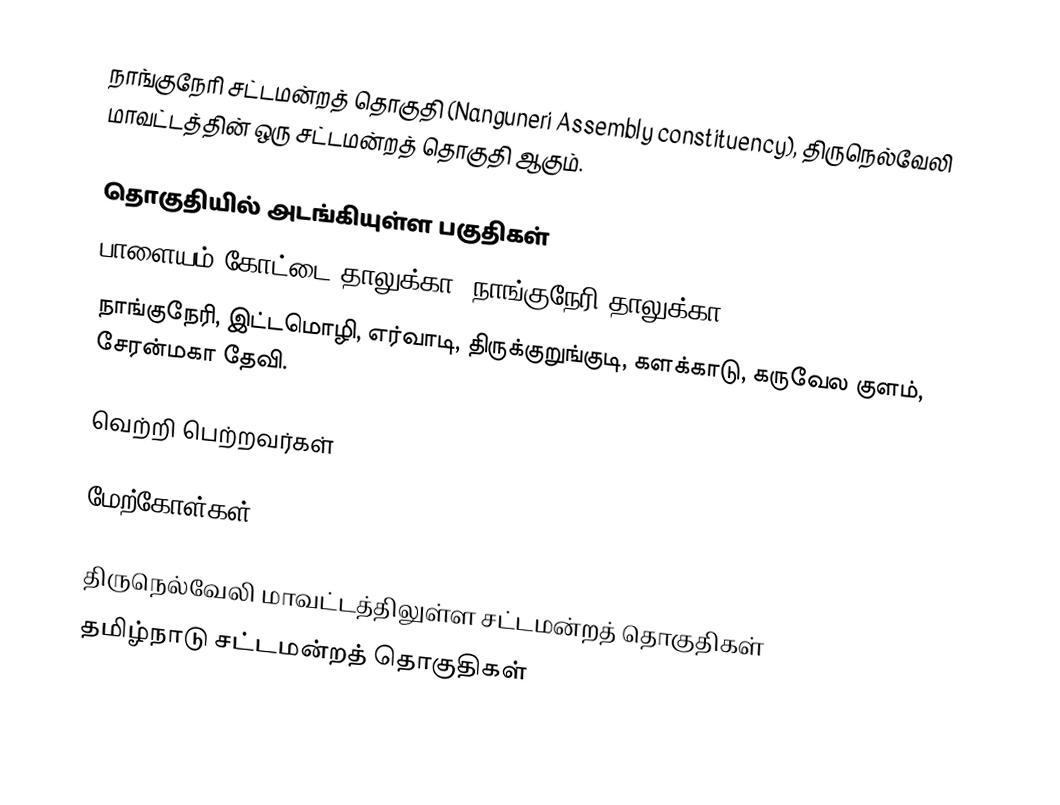
நாங்குநேரி சட்டமன்றத் தொகுதி (Nanguneri Assembly constituency), திருநெல்வேலி மாவட்டத்தின் ஒரு சட்டமன்றத் தொகுதி ஆகும்.

தொகுதியில் அடங்கியுள்ள பகுதிகள்
பாளையம் கோட்டை தாலுக்கா, நாங்குநேரி தாலுக்கா.
நாங்குநேரி, இட்டமொழி, எர்வாடி, திருக்குறுங்குடி, களக்காடு, கருவேல குளம், சேரன்மகா தேவி.

வெற்றி பெற்றவர்கள்

மேற்கோள்கள்

திருநெல்வேலி மாவட்டத்திலுள்ள சட்டமன்றத் தொகுதிகள்
தமிழ்நாடு சட்டமன்றத் தொகுதிகள்